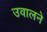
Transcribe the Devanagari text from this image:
उवालने